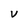
Character: V